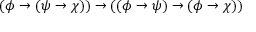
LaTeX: ( \phi \to ( \psi \to \chi ) ) \to ( ( \phi \to \psi ) \to ( \phi \to \chi ) )